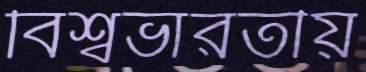
বিশ্বভারতীয়